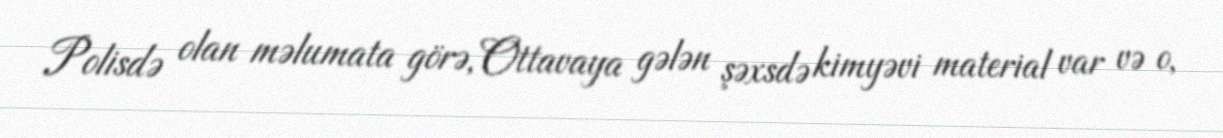
Polisdə olan məlumata görə, Ottavaya gələn şəxsdə kimyəvi material var və o,